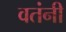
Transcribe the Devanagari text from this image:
वतंनी